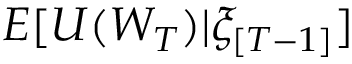
E [ U ( W _ { T } ) | \xi _ { [ T - 1 ] } ]